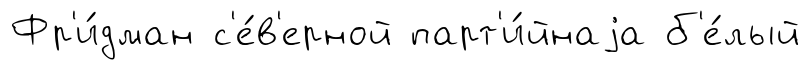
Фр'и́дман с'е́в'ерной парт'и́йнаjа б'е́лый